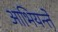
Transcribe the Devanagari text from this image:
आभियन्ते